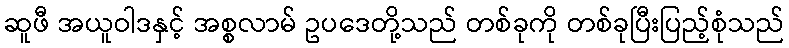
ဆူဖီ အယူဝါဒနှင့် အစ္စလာမ် ဥပဒေတို့သည် တစ်ခုကို တစ်ခုပြီးပြည့်စုံသည်